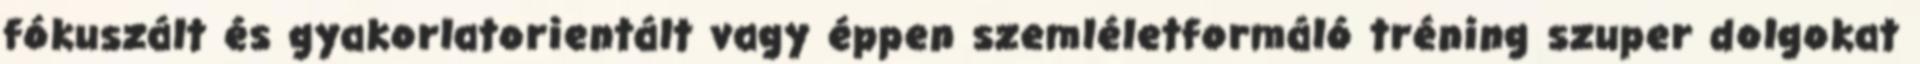
fókuszált és gyakorlatorientált vagy éppen szemléletformáló tréning szuper dolgokat